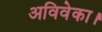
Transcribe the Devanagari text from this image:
अविवेका।